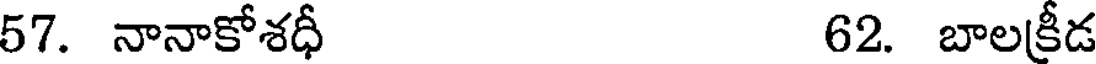
57. నానాకోశధీ 62. బాలక్రీడ